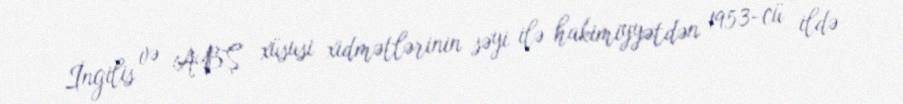
İngilis və ABŞ xüsusi xidmətlərinin səyi ilə hakimiyyətdən 1953-cü ildə